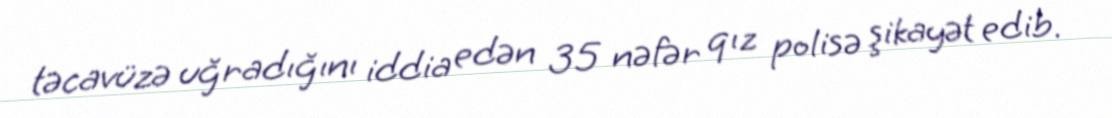
təcavüzə uğradığını iddia edən 35 nəfər qız polisə şikayət edib.